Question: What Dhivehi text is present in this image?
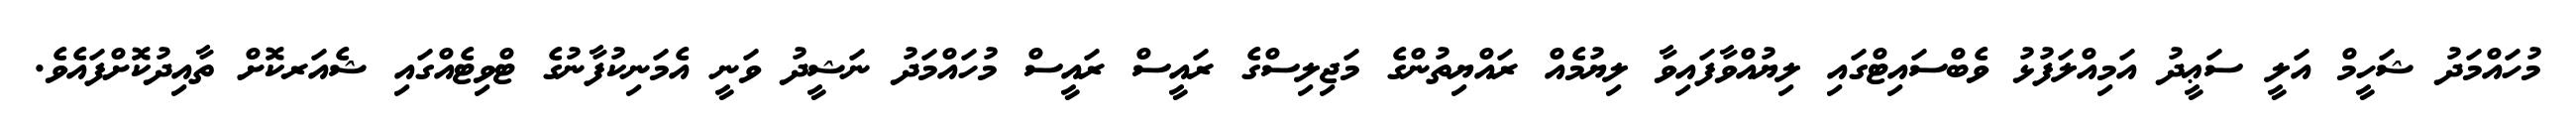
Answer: މުހައްމަދު ޝަހީމް އަލީ ސަޢީދު އަމިއްލަފުޅު ވެބްސައިޓްގައި ލިޔުއްވާފައިވާ ލިޔުމެއް ރައްޔިތުންގެ މަޖިލިސްގެ ރައީސް ރައީސް މުހައްމަދު ނަޝީދު ވަނީ އެމަނިކުފާނުގެ ޓްވިޓެއްގައި ޝެއަރކޮށް ތާއިދުކޮށްފައެވެ.